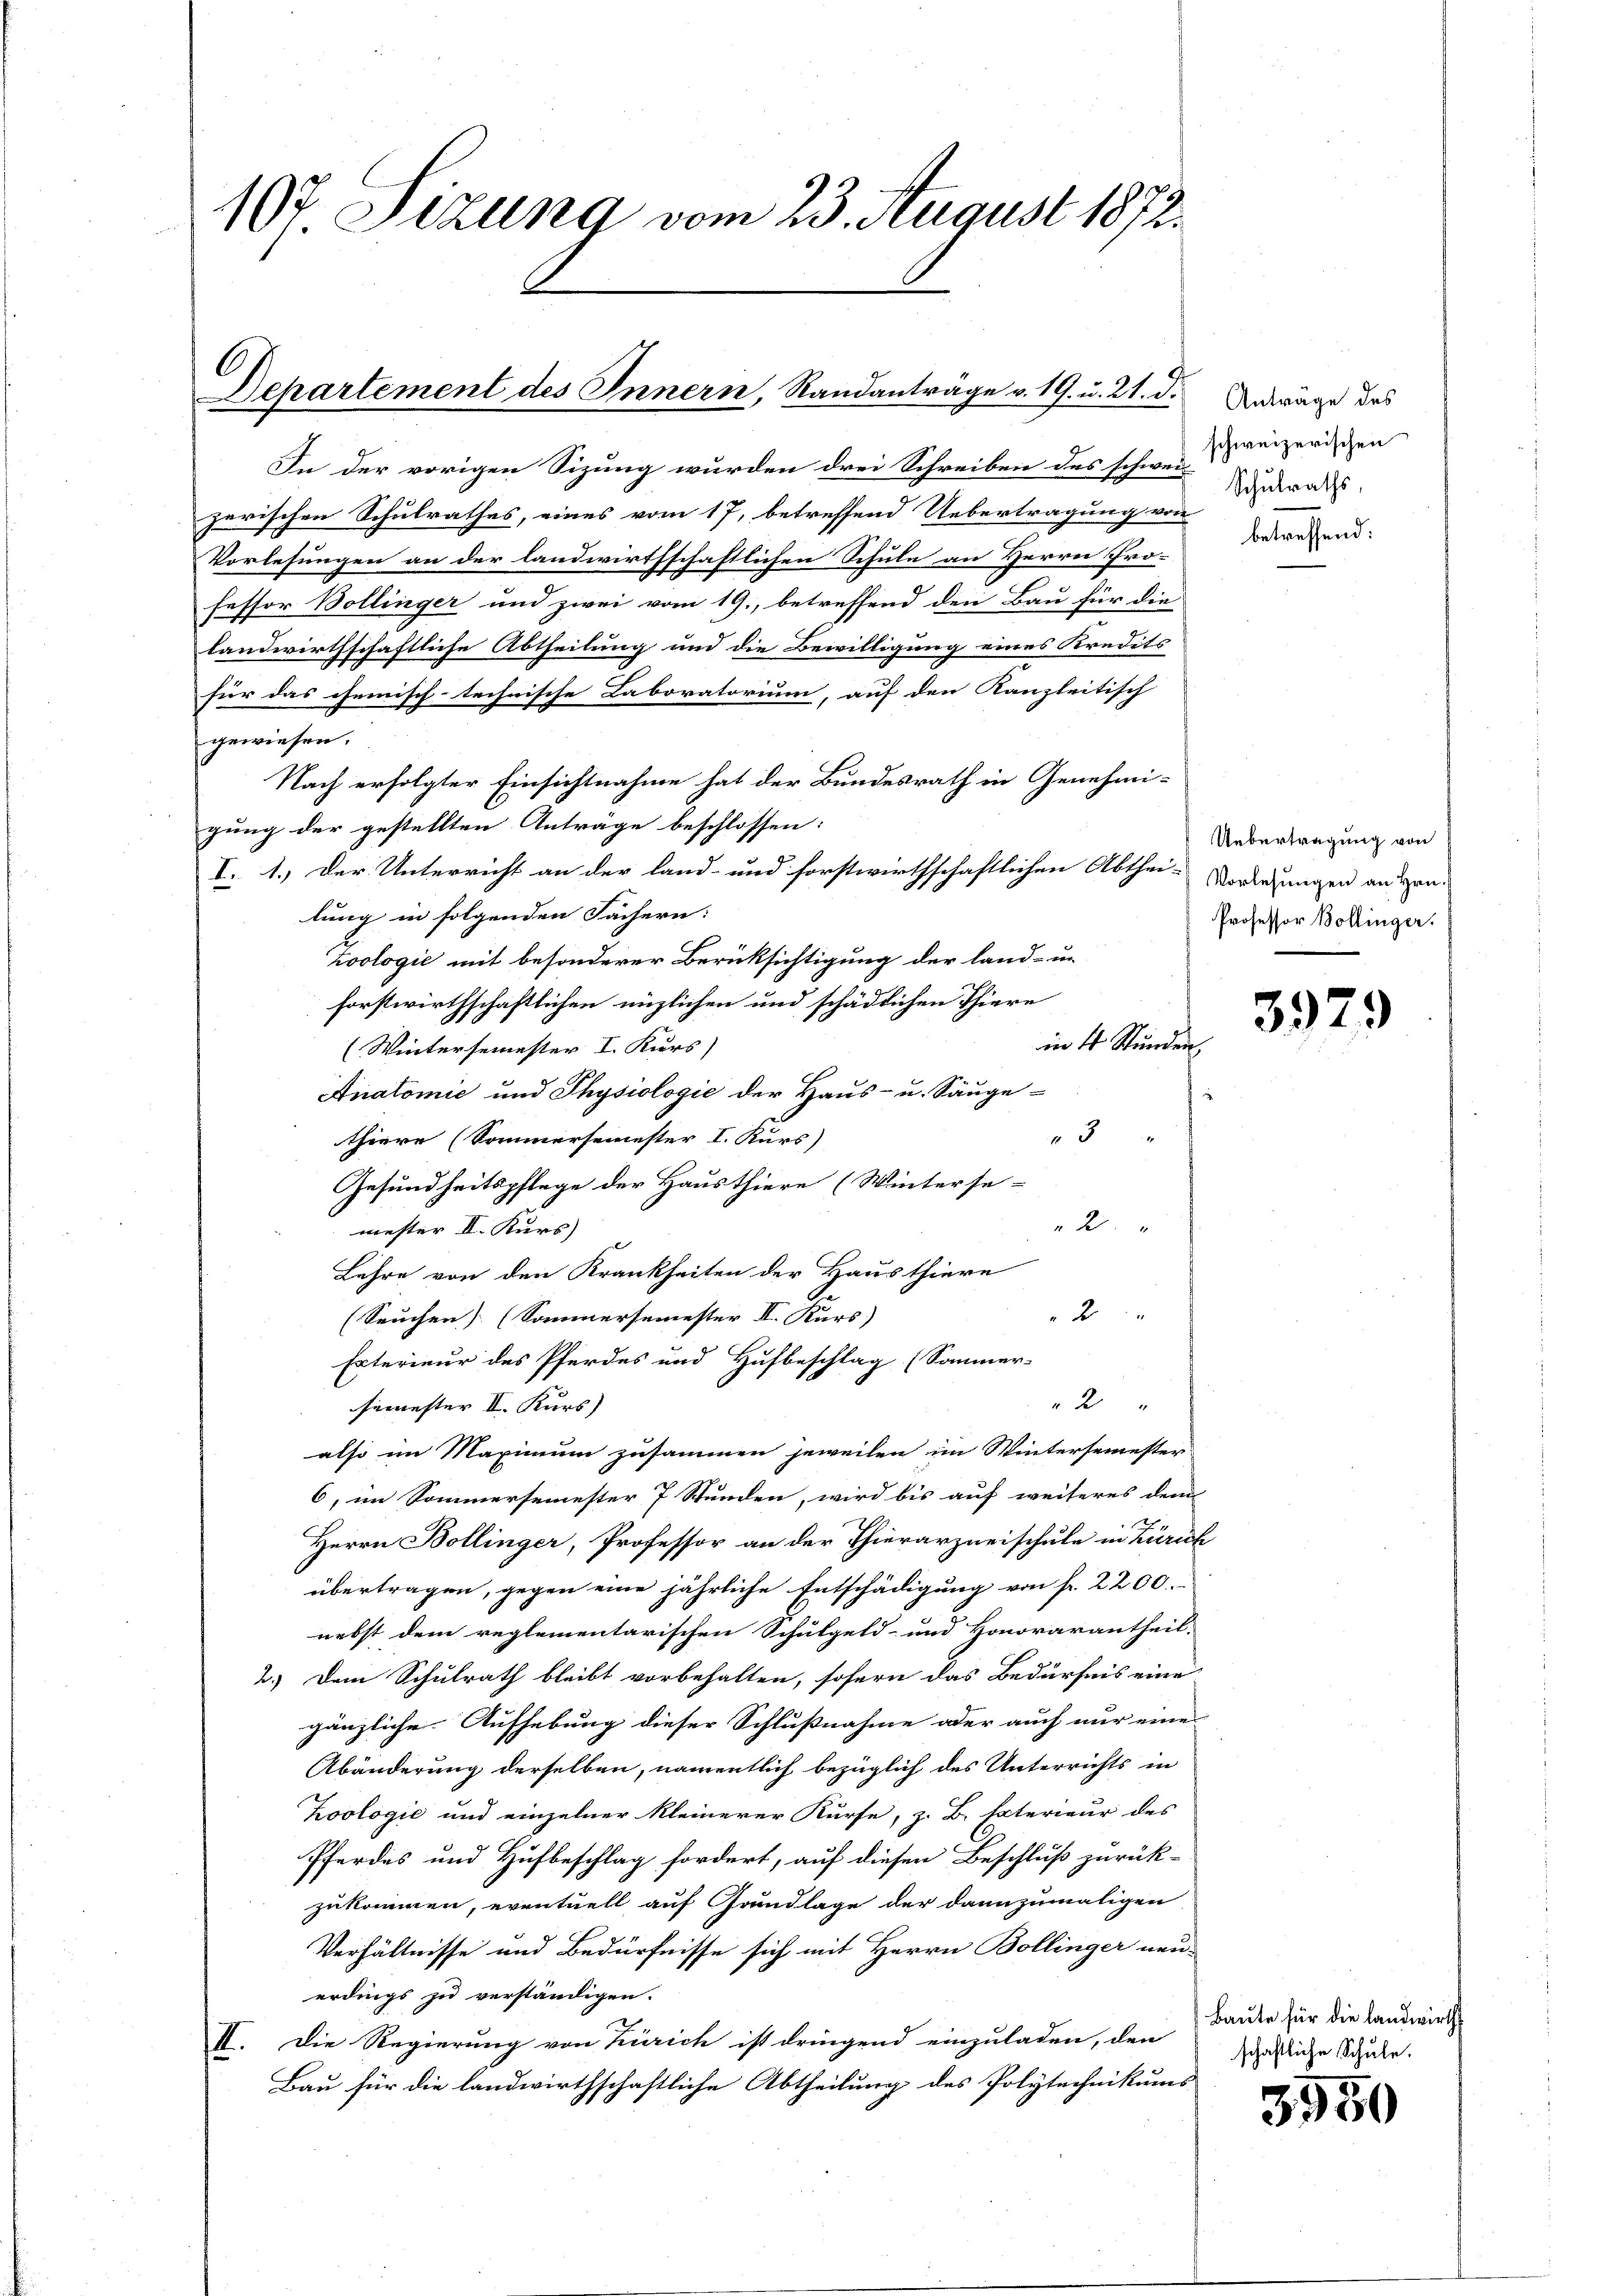
107 Sizung vom 23. August 1872.

Departement des Innern, Randanträge v. 19. u. 21. d.

In der vorigen Sizung wurden drei Schreiben des schwei
zerischen Schulrathes, eines vom 17. betreffend Uebertragung von
Vorlesungen an der landwirthschaftlichen Schule an Herrn Pro-
fessor Bollinger und zwei vom 19., betreffend den Bau für die
landwirthschaftliche Abtheilung und die Bewilligung eines Kredits
für das chemisch-technische Laboratorium, auf den Kanzleitisch
gewiesen.
Nach erfolgter Einsichtnahme hat der Bundesrath in Genehmigung der gestellten Anträge beschlossen:
I. 1.) Der Unterricht an der land- und forstwirthschaftlichen Abthei- Vorlegungen ausgen-
lung in folgenden Fächern:
Zoologić mit besonderer Berücksichtigung der land- un
forstwirthschaftlichen nüzlichen und schädlichen Thiere
in 4 Stunden.
(Wintersemester I. Kurs)
Anatomie und Physiologie der Haus- u. Säuge-
3
thiere (Sommersemester I. Kurs)
Gesundheitspflege der Hausthiere (Winterse-
2
mester II. Kurs)
Lehre von den Krankheiten der Hausthiere
2
(Seuchen. (Sommersemester III. Kurs)
Exterieur des Pferdes und Hufbeschlag (Sommer-
2
semester II. Kurs)
also im Maximum zusammen jeweilen im Wintersemester
6, im Sommersemester 7 Stunden, wird bis auf weiteres dem
Herrn Bollinger, Professor an der Thierarzneischule in Zürich
übertragen, gegen eine jährliche Entschädigung von fr. 2200.
nebst dem reglementarischen Schulgeld- und Honorarantheil-
2.) Dem Schulrath bleibt vorbehalten, sofern das Bedürfnis eine
gänzliche Aufhebung dieser Schlußnahme oder auch nur eine
Abänderung derselben, namentlich bezüglich des Unterrichts in
Koologie und einzelner kleinerer Kurse, z. B. Paterieur des
Pferdes und Hufbeschlag fordert, auf diesen Beschluß zurück-
zukommen, eventuell auf Grundlage der dannzumaligen
Verhältnisse und Bedürfnisse sich mit Herrn Bollinger neu-
erdings zu verständigen.
II. Die Regierung von Zürich ist dringend einzuladen, den Baute für die Landwirt
Bau für die landwirthschaftliche Abtheilung des Polytechnikums

Anträge des
schweizerischen
Schulraths,

betreffend:

Uebertragung von
Professor Bollinger.

3979

schaftliche Schule.

3550